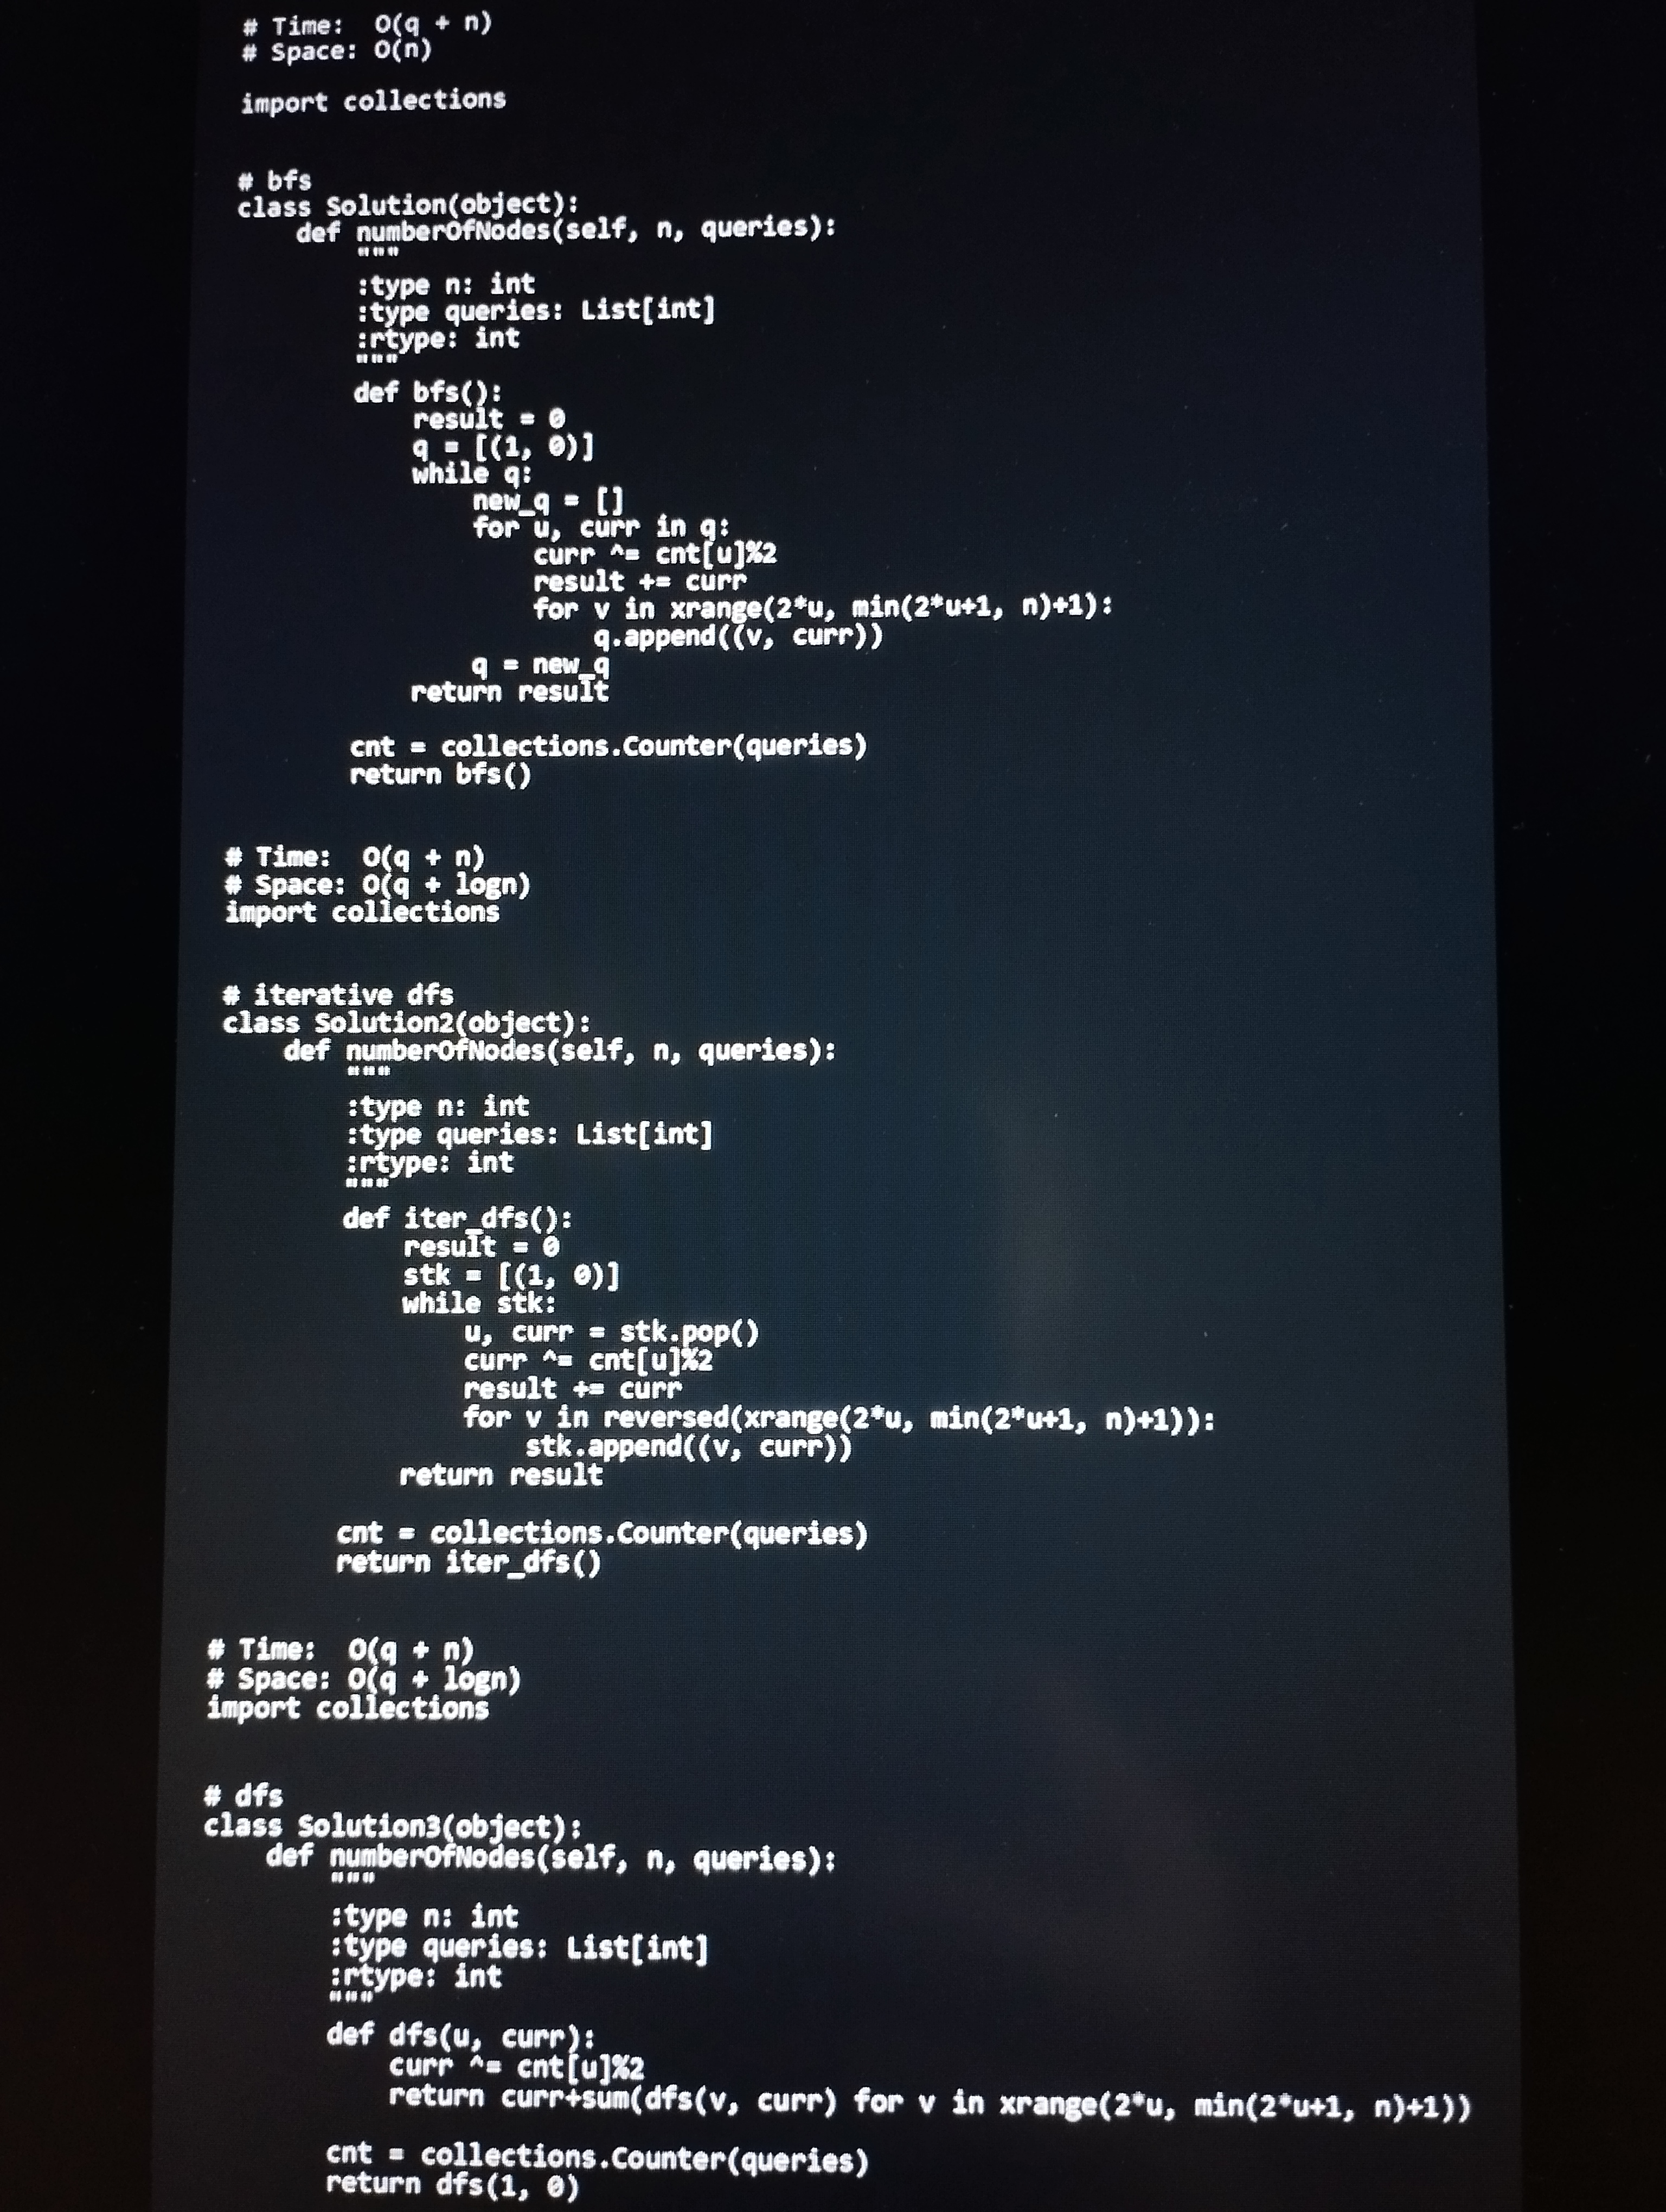
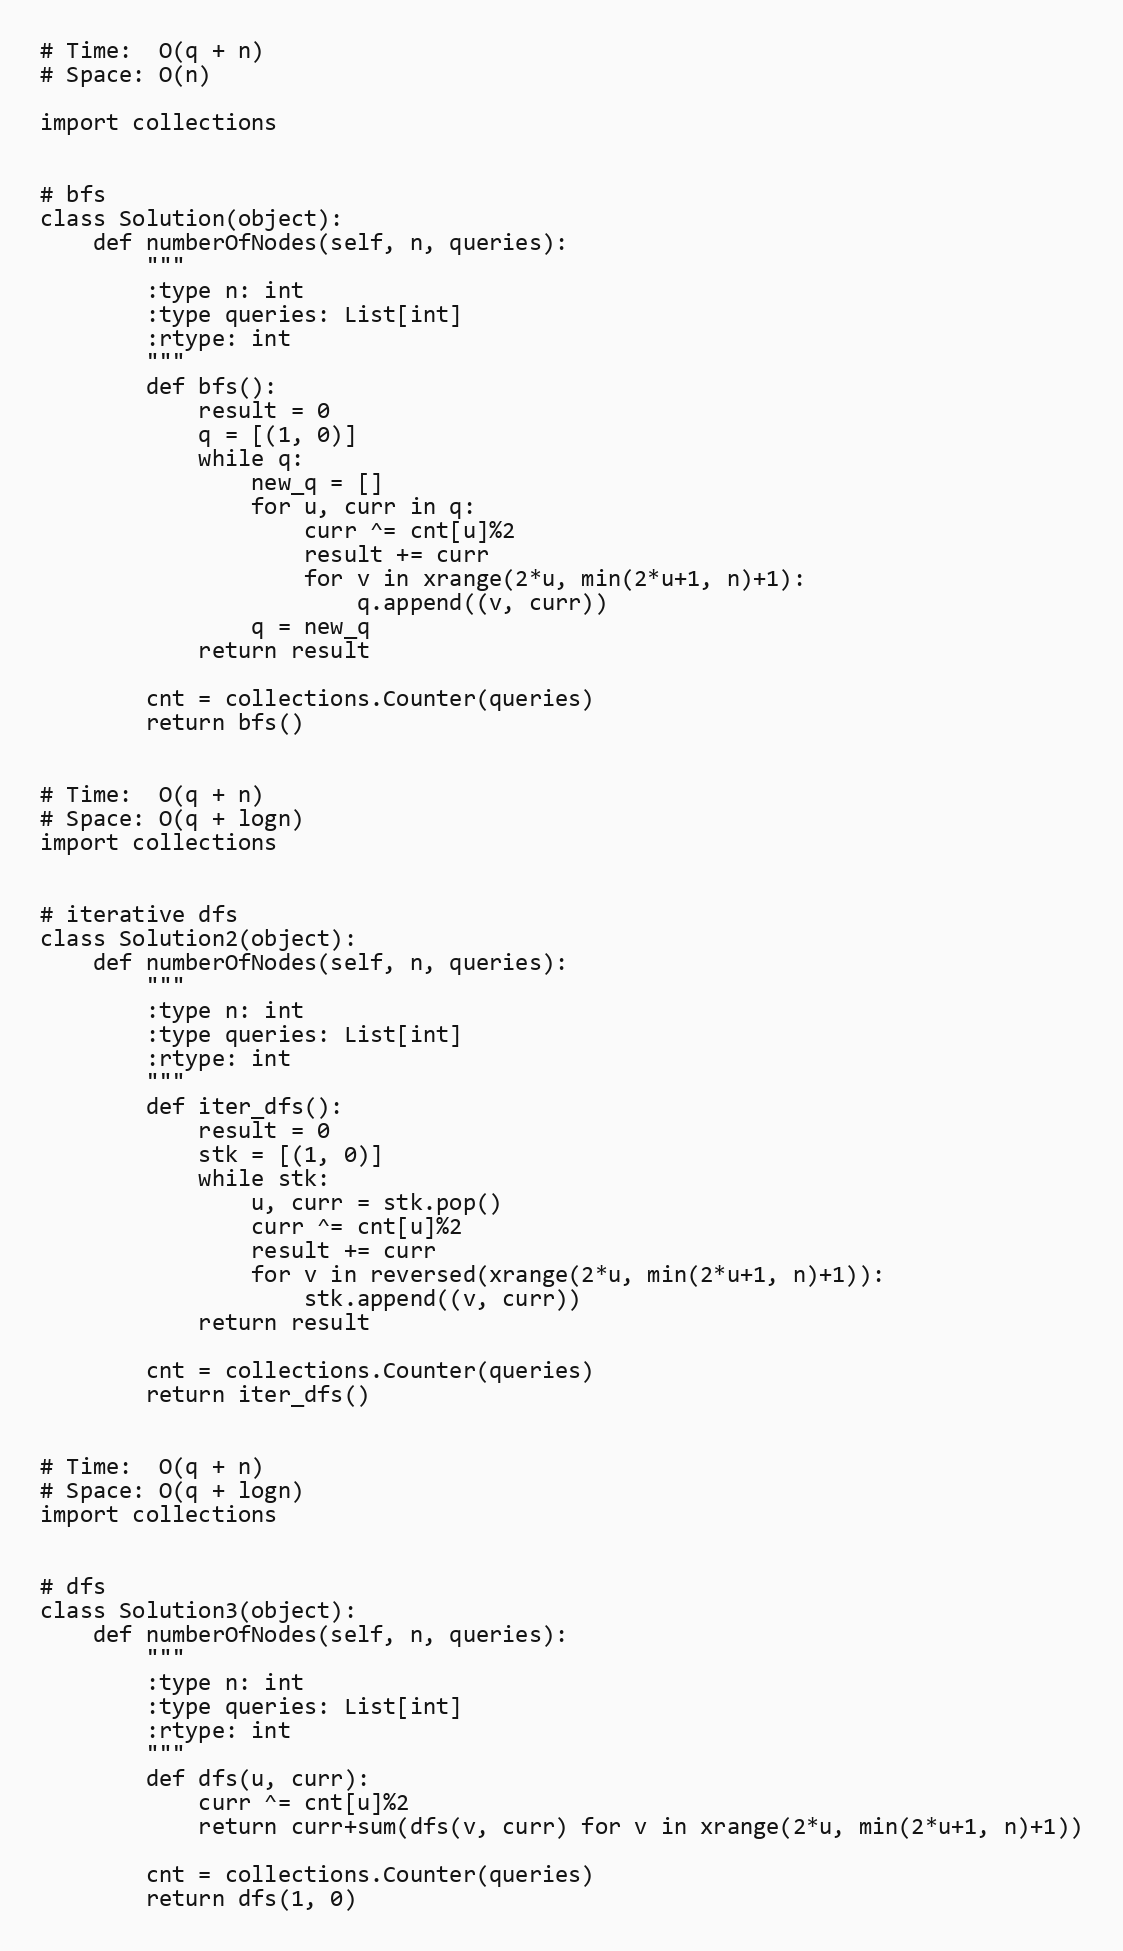
# Time:  O(q + n)
# Space: O(n)

import collections

# bfs
class Solution(object):
    def numberOfNodes(self, n, queries):
        """
        :type n: int
        :type queries: List[int]
        :rtype: int
        """
        def bfs():
            result = 0
            q = [(1, 0)]
            while q:
                new_q = []
                for u, curr in q:
                    curr ^= cnt[u]%2
                    result += curr
                    for v in xrange(2*u, min(2*u+1, n)+1):
                        q.append((v, curr))
                q = new_q
            return result

        cnt = collections.Counter(queries)
        return bfs()

# Time:  O(q + n)
# Space: O(q + logn)
import collections

# iterative dfs
class Solution2(object):
    def numberOfNodes(self, n, queries):
        """
        :type n: int
        :type queries: List[int]
        :rtype: int
        """
        def iter_dfs():
            result = 0
            stk = [(1, 0)]
            while stk:
                u, curr = stk.pop()
                curr ^= cnt[u]%2
                result += curr
                for v in reversed(xrange(2*u, min(2*u+1, n)+1)):
                    stk.append((v, curr))
            return result

        cnt = collections.Counter(queries)
        return iter_dfs()

# Time:  O(q + n)
# Space: O(q + logn)
import collections

# dfs
class Solution3(object):
    def numberOfNodes(self, n, queries):
        """
        :type n: int
        :type queries: List[int]
        :rtype: int
        """
        def dfs(u, curr):
            curr ^= cnt[u]%2
            return curr+sum(dfs(v, curr) for v in xrange(2*u, min(2*u+1, n)+1))

        cnt = collections.Counter(queries)
        return dfs(1, 0)